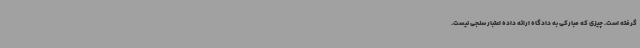
گرفته است. چیزی که مبارکی به دادگاه ارائه داده اعتبار سنجی نیست.